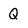
Character: Q